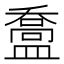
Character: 䀉